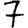
Digit: 7